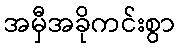
အမှီအခိုကင်းစွာ